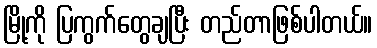
မြို့ကို ပြကွက်တွေချပြီး တည်တာဖြစ်ပါတယ်။